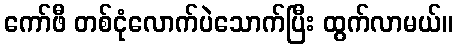
ကော်ဖီ တစ်ငုံလောက်ပဲသောက်ပြီး ထွက်လာမယ်။